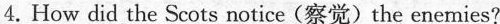
4.Howdid the Scots notice(察觉) the enemies?